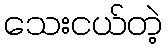
သေးငယ်တဲ့